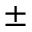
\pm